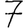
Digit: 7